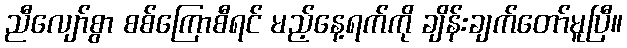
ညီလျော်စွာ စစ်ကြောစီရင် မည့်နေ့ရက်ကို ချိန်းချက်တော်မူပြီ။